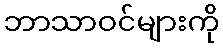
ဘာသာဝင်များကို